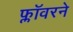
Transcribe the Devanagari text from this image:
फ्लॉवरने